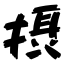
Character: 摂